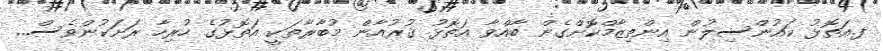
ފ.އަތޮޅު ކައުންސިލުން އިންތިޒާމްކޮށްގެން ބާއްވާ އަތޮޅު ޤުރުއާން މުބާރާތަކީ އަތޮޅުގެ ހުރިހާ ރަށަކުންވެސް...